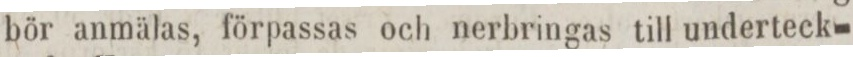
bör anmälas, förpassas och nerbringas till underteck-